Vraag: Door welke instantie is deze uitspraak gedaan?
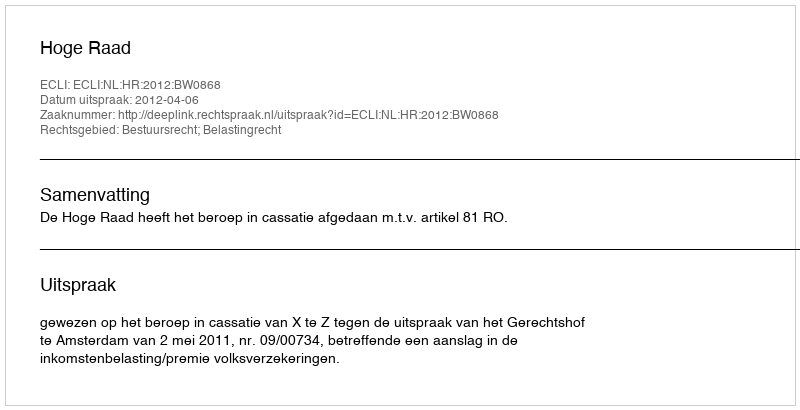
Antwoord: Hoge Raad